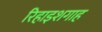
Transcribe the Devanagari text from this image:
रिहाइशगाह